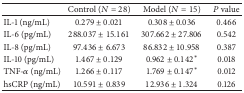
|  | Control (N = 28) | Model (N = 15) | P value |
 | --- | --- | --- | --- |
 | IL-1 (ng/mL) | 0.279 ± 0.021 | 0.308 ± 0.036 | 0.466 |
 | IL-6 (pg/mL) | 288.037 ± 15.161 | 307.662 ± 27.806 | 0.542 |
 | IL-8 (pg/mL) | 97.436 ± 6.673 | 86.832 ± 10.958 | 0.387 |
 | IL-10 (pg/mL) | 1.467 ± 0.129 | 0.962 ± 0.142* | 0.018 |
 | TNF-α (ng/mL) | 1.266 ± 0.117 | 1.769 ± 0.147* | 0.012 |
 | hsCRP (ng/mL) | 10.591 ± 0.839 | 12.936 ± 1.324 | 0.126 |